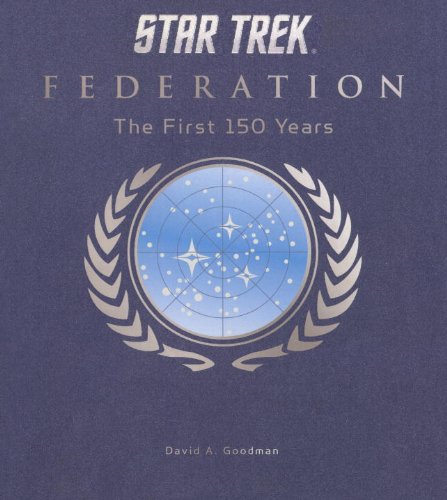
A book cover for Star Trek Federation: The First 150 Years; David A. Goodman; Humor & Entertainment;